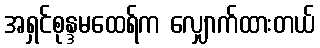
အရှင်စုန္ဒမထေရ်က လျှောက်ထားတယ်